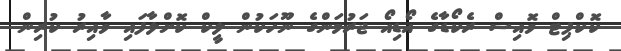
ކޮކްޕިޓް ވޮއިސް ރެކޯޑާގެ އޯޑިއޯ ޖަރުމަންގެ ނޫހަކުން ލީކް ކޮށްލާފައި ވާއިރު ކުރިން